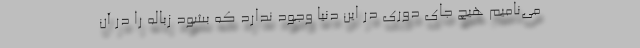
می‌نامیم هیچ جای دوری در این دنیا وجود ندارد که بشود زباله را در آن